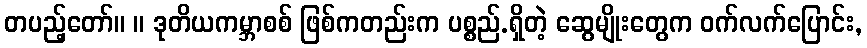
တပည့်တော်။ ။ ဒုတိယကမ္ဘာစစ် ဖြစ်ကတည်းက ပစ္စည်.ရှိတဲ့ ဆွေမျိုးတွေက ဝက်လက်ပြောင်း,